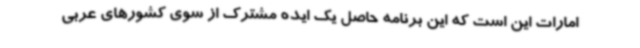
امارات این است که این برنامه حاصل یک ایده مشترک از سوی کشورهای عربی